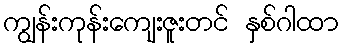
ကျွန်းကုန်းကျေးဇူးတင် နှစ်ဂါထာ